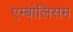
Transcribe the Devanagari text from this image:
एम्बोलिसम